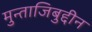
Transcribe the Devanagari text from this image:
मुन्ताजिबुद्दीन